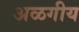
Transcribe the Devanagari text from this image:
अळगीय